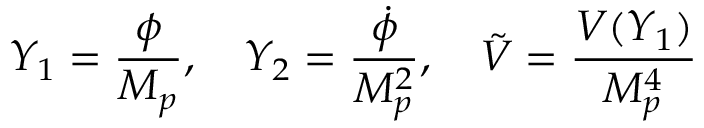
Y _ { 1 } = { \frac { \phi } { M _ { p } } } , \quad Y _ { 2 } = { \frac { \dot { \phi } } { M _ { p } ^ { 2 } } } , \quad \tilde { V } = { \frac { V ( Y _ { 1 } ) } { M _ { p } ^ { 4 } } }